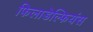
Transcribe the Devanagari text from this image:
फिलाडेल्फियंस